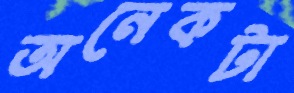
অনেকটা